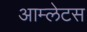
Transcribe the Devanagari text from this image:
आम्लेटस